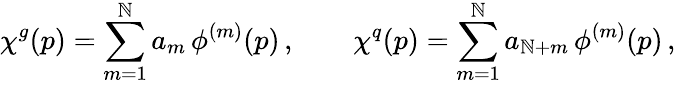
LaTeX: \chi^{g}(p)=\sum_{m=1}^{\mathbb{N}}a_{m}\, \phi^{(m)}(p)\, ,\qquad\chi^{q}(p)=\sum_{m=1}^{\mathbb{N}}a_{\mathbb{N}+m}\, \phi^{(m)}(p)\, ,